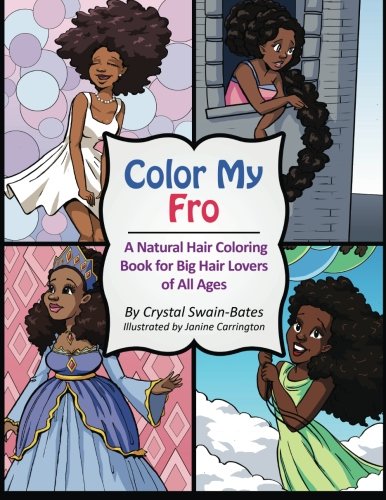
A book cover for Color My Fro: A Natural Hair Coloring Book for Big Hair Lovers of All Ages; Crystal Swain-Bates; Literature & Fiction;